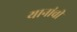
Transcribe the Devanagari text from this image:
यानांची